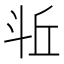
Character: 𪯫